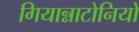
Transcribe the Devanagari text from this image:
गियान्नाटोनियो